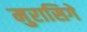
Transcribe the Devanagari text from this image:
मुरासिगे